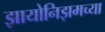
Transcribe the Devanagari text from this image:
झायोनिझमच्या